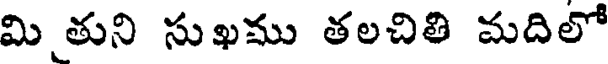
మి తుని సుఖము తలచితి మదిలో